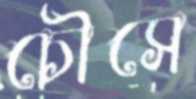
চৌসে